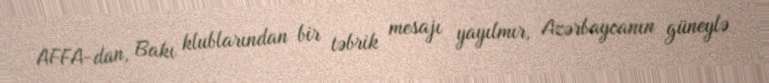
AFFA-dan, Bakı klublarından bir təbrik mesajı yayılmır, Azərbaycanın güneylə